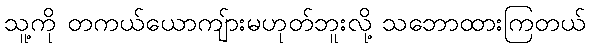
သူ့ကို တကယ်ယောကျ်ားမဟုတ်ဘူးလို့ သဘောထားကြတယ်